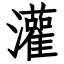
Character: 灌